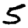
Digit: 5